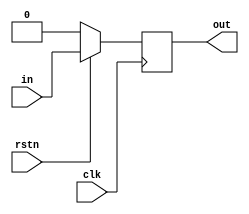
`timescale 1 ns / 1 ps
module dff_1b(
    output reg  out,
    input in,
    input clk,
    input rstn);

    always @(posedge clk) begin
        if(~rstn) begin
            out <= 1'b0;
        end
        else begin
            out <= in;
        end
    end

    endmodule


module dff_4b(
    output reg  [4-1:0] out,
    input [4-1:0] in,
    input clk,
    input rstn);

    always @(posedge clk) begin
        if(~rstn) begin
            out <= 4'b0;
        end
        else begin
            out <= in;
        end
    end

    endmodule

module dff_20b(
    output reg  [20-1:0] out,
    input [20-1:0] in,
    input clk,
    input rstn);

    always @(posedge clk) begin
        if(~rstn) begin
            out <= 20'b0;
        end
        else begin
            out <= in;
        end
    end

    endmodule


module dff_21b(
    output reg  [21-1:0] out,
    input [21-1:0] in,
    input clk,
    input rstn);

    always @(posedge clk) begin
        if(~rstn) begin
            out <= 21'b0;
        end
        else begin
            out <= in;
        end
    end

    endmodule